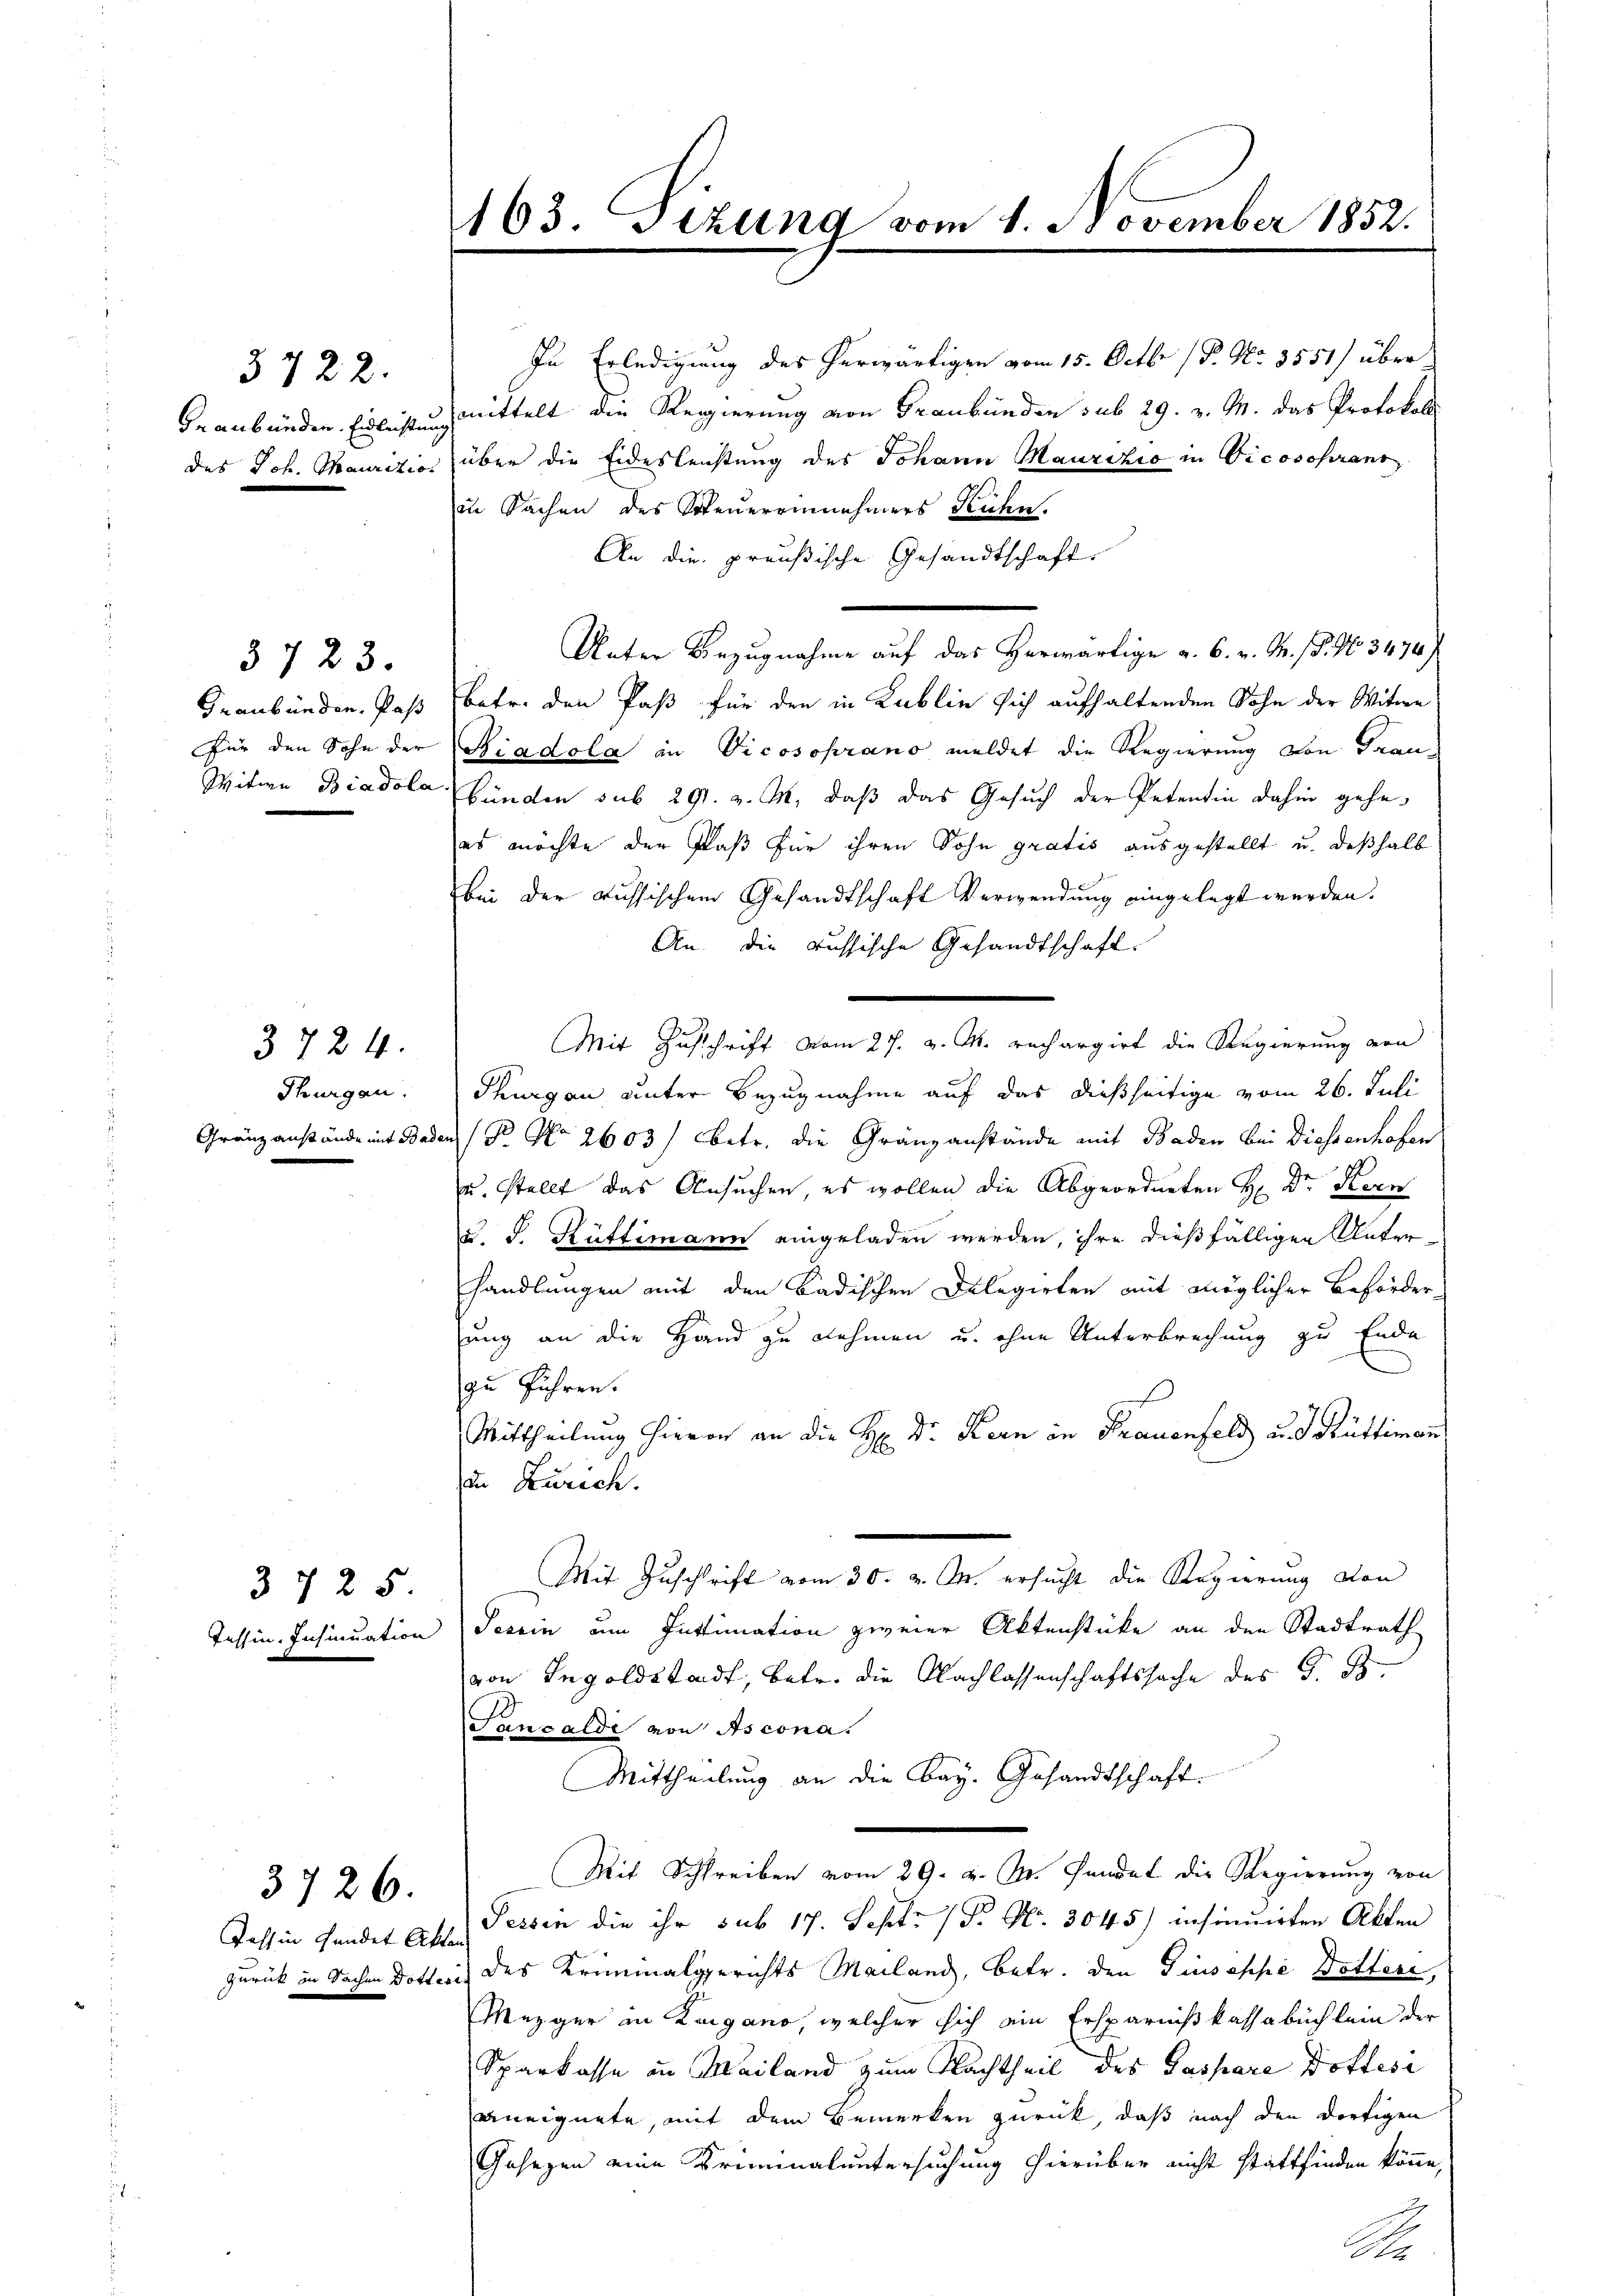
3722.
Geanbunden. Eidlustin

3723.

Thurgau.

3724.

3725

Tessin Handet Akten.

3726.

In Erledigung des herwärtigen vom 15. Octbr. /Pr. No. 3551) über
dmittelt die Regierung von Graubünden sub 29. v. M. das Protokoll
des Joh. Maurizio über die Eidesleistung des Johann Maurizio in Vicosohrans
in Sachen des Steuerrinnehmers Kuhn.
An die preußische Gesandtschaft.
Unter Bezugnahme auf das Herwärtige a. 6. v. M. 18. No 3474)
Graubünden Paß (betr. den Paß für den in Kublie sich aufhaltenden Sohn der Witwe
Für den Sohn der Riadola in Dicosoprano meldet die Regierung von Frau¬
Witwe Biadola Bünden sub 291. v. M., daß das Gesuch der Petentin dahin gehe
es möchte der Faß für ihren Sohn gratis ausgestellt u. deßhalb
bei der russischen Gesandtschaft Verwendung eingelegt werden.
An die aussische Gesandtschaft.
Mit Zuschrift vom 27. v. M. rechargirt die Regierung von
Thurgau unter Bezugnahme auf das dießseitige vom 26. Juli
Gränzanstände mit Baden (N. No 2603) Betr. die Gränzanstände mit Baden bei Diessenhofen
u. stellt das Ansuchen, es wollen die Abgeordneten H. Dr. Kern
d. J. Rüttimann eingeladen werden, ihre dießfälligen Unterhandlungen mit den Badischen Delegirten mit möglicher Beförderung an die Hand zu nehmen u. ohne Unterbrechung zu Ende
zu führen.
Mittheilung hievon an die H: Dr. Kern in Frauenfeld und Rüttiman
in Zürich.
Mit Zuschrift vom 30. v. M. ersucht die Regierung von
Tessin, Insinuation Jerein um Intimation zweier Aktenstücke an den Stadtrath
von Ingoldstadt, betr. die Nachlassenschaftssache des G. B.
Sancalde von Ascona.
Mittheilung an die Bay. Gesandtschaft.
Mit Schreiben vom 29. v. M. Fundat die Regierung von
Tessin die ihr sub 17. Sept. (T. N. 3045) insinuirten Akten
zurück in Sachen Dotteris des Kriminalgerichts Mailand, betr. den Giuseppe Dottere,
Mezger in Lugano, welcher sich ein Ersparnißkassabuchlein der
Sparkasse an Mailand zum Nachtheil des Gaspare Dottese
aneignete, mit dem Bemerken zurück, daß nach den dortigen
Gesezen eine Kriminaluntersuchung hierüber nicht stattfinden könne,
A

163. Tizung vom 1. November 1852.